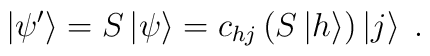
\left|\psi '\right>=S\left|\psi\right>=c_{hj}\left(S\left|h\right>\right)\left|j\right>\;.